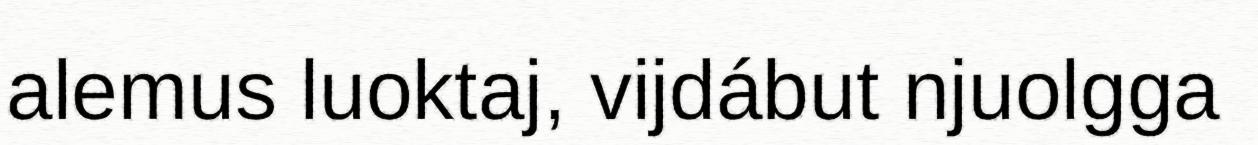
alemus luoktaj, vijdábut njuolgga